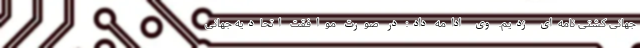
جهانی کشتی نامه‌ای زدیم. وی ادامه داد: در صورت موافقت اتحادیه جهانی